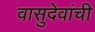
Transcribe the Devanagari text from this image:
वासुदेवांची